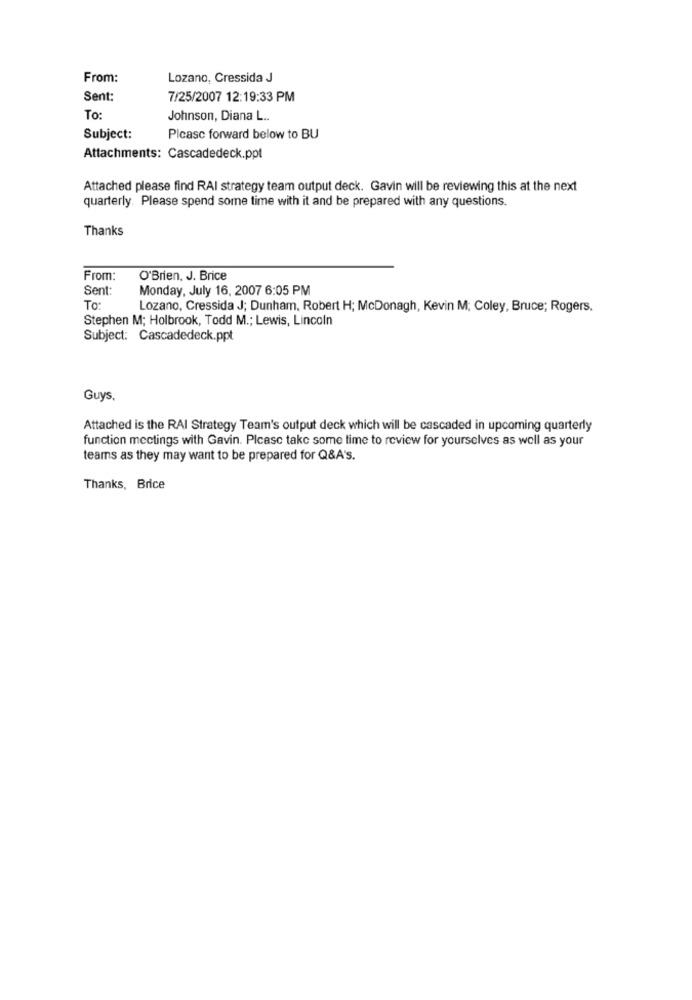
From:
Lozano, Cressida J
Sent:
7/25/2007 12:19:33 PM
To
Johnson, Diana L ..
Subject:
Picasc forward below to BU
Attachments: Cascadedeck.ppt
Attached please find RAI strategy team output deck. Gavin will be reviewing this at the next
quarterly. Please spend some time with it and be prepared with any questions.
Thanks
From:
O'Brien, J. Brice
Sent:
Monday, July 16, 2007 6:05 PM
To
Lozano, Cressida J; Dunham, Robert H; McDonagh, Kevin M; Coley, Bruce; Rogers.
Stephen M; Holbrook, Todd M .; Lewis, Lincoln
Subject: Cascadedeck.ppt
Guys.
Attached is the RAI Strategy Team's output deck which will be cascaded in upcoming quarterly
function meetings with Gavin. Plcasc take some time to review for yourselves as well as your
teams as they may want to be prepared for Q&A's.
Thanks, Brice